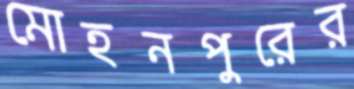
মোহনপুরের